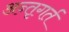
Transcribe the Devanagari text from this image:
अन्तृगर्त